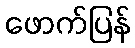
ဖောက်ပြန်